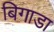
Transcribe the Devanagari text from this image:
बिगाडा